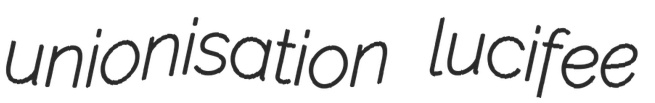
unionisation lucifee